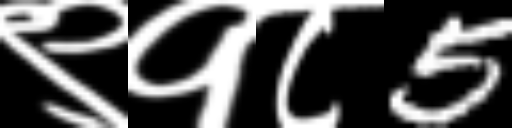
Text: ९१८5